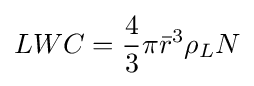
LWC={\frac {4}{3}}\pi {\bar {r}}^{3}\rho _{L}N